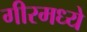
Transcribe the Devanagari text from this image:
गीरमध्ये